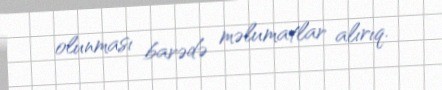
olunması barədə məlumatlar alırıq.